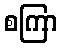
စကြာ